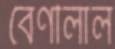
বেণীলাল